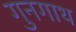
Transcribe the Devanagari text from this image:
गुनगाथ